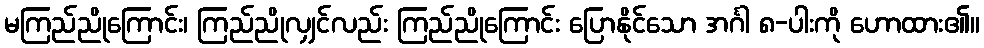
မကြည်ညိုကြောင်း၊ ကြည်ညိုလျှင်လည်း ကြည်ညိုကြောင်း ပြောနိုင်သော အင်္ဂါ ၈-ပါးကို ဟောထား၏။